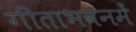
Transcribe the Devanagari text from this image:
गीताभवनमें